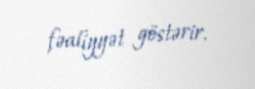
fəaliyyət göstərir.